Vital statistics of India. Vol. IV, Annual returns from 1871 to 1876. British Army of India, Native Army and jails of Bengal
Year: 1871
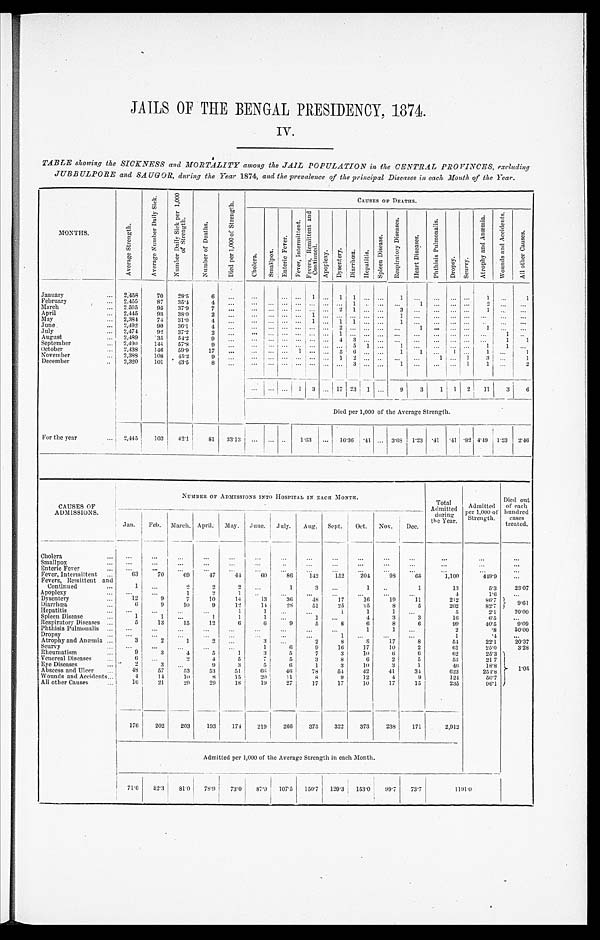
JAILS OF THE BENGAL PRESIDENCY, 1874.
IV.
TABLE showing the SICKNESS and MORTALITY among the JAIL POPULATION in the CENTRAL PROVINCES, excluding
JUBBULPORE and SAUGOR, during the Year 1874, and the prevalence of the principal Diseases in each Month of the Year.
MONTHS.
A v e r a g e S t r e n g t h .
A v e r a g e N u m b e r D a i l y S i c k .
N u m b e r D a i l y S i c k p e r 1 , 0 0 0
o f S t r e n g t h .
N u m b e r o f D e a t h s .
D i e d p e r 1 , 0 0 0 o f S t r e n g t h .
CAU S E S O F D E A T H S .
C h o l e r a . S m a l l p o x .
E n t e r i c F e v e r .
F e v e r , I n t e r m i t t e n t .
F e v e r s , R e m i t t e n t a n d
C o n t i n u e d .
A p o p l e x y . D y s e n t e r y . D i a r r h œ a . H e p a t i t i s .
S p l e e n D i s e a s e .
R e s p i r a t o r y D i s e a s e s .
H e a r t D i s e a s e s .
P h t h i s i s P u l m o n a l i s .
D r o p s y .
S c u r v y . A t r o p h y a n d A n æ m i a .
W o u n d s a n d A c c i d e n t s .
A l l o t h e r C a u s e s .
January
2,458 70 28.5
6
1
1 1
1
1
1
February
2,455 87 35.4
4
1
1
2
March
2,505 95 37.9
7
2 1
3
1
April
2,445 93 38.0
2
1
1
May
2,384 74 31.0
4
1
1 1
1
June
2,492 90 36.1
4
2
1
1
July
2,474 92 37.2
2
1
1
August
2,489 35 54.2
9
4 3
1 1
September
2,490 144 57.8
9
5 1
1
1 1
October
2,438 146 59.9 17
1
5 6
1 1
1
1
1
November
2,388 108 45.2
9
1 2
1
1 3
1
December
2,320 101 43.5 8
3
1
1 1
2
1 3
17 2 3 1
9 3 1
1 2 11 3 6
Died per 1,000 of the Average Strength.
For the year
2,445 103 42.1 81 33.13
1. 63
1 6 . 3 6 . 4 1
3.68 1.23 . 41 .41 .82 4. 49 1. 23 2.46
CAUSES OF
ADMISSIONS.
NUMBER OF ADMISSIONS INTO HOSPITAL IN EACH MONTH.
Total
Admitted during the Year.
Admitted per 1, 000 of
Strength.
Died out
of each
hundred cases
treated.
Jan. Feb. March. April. May. June. July. Aug. Sept. Oct. Nov. Dec.
Chol era
Smallpox Enteric Fever
Fever, Intermittent
63 70 69 47 44 60 86 142 152 204 98 65
1,100
449.9
Fevers, Remittent and
Continued
1
2
2
2
1
3
1
1
13
5. 3 23.07
Apoplexy
1
2
1
4
1. 6
Dysentery
12
9
7 10 14
13 36 48 17 16 19 11
212
86. 7
9.61
Diarrhœa
6
9 10
9 12 14 28
5 1 25 25
8
5
202
82. 7
Hepatitis
1
1
1
1
1
5
2. 1 20.00
Spl een Di sease
1
1
1
1
1
1
4
3
3
16
6. 5
Respi ratory Di seases
5 13 15 12
6
6 9
5
8
6
8
6
9 9
40. 5
9 . 0 9
Phthisis Pulmonalis
1
1
2
. 8
50.00
Dropsy
1
1
. 4
Atrophy and Anæmia
3
2
1
2
3
2
8
8 17
8 5 4
2 2 . 1
2 0 . 3 7
Scurvy
1
6
9 16 17 10 2
6 1
2 5 . 0
3. 28
Rheumatism
9
3
4
5
1
3
5
7
3 10
6
6
62
25.3 1 . 0 5
Venereal Diseases
6
2 4
5
7
5
3
8
6
2
5
53
21. 7
Eye Diseases
2
3
9
3
5
6
1
3 10
3
1
46
18. 8
Abscess and Ulcer
48 57 53 53 51
6 6 46 78 54 42
4 1 34
623
2 5 4 . 8
Wounds and Accidents
4
14
1 0
8 15 20 11
8
9 12
4
9 1 2 4
5 0 . 7
All other Causes
16 21 29 29 18 19 27 17 17 10 17
1 5
2 3 5
9 6 . 1
176 202 203 193 174 219 266 375 322 373 238 171
2,912
Admitted per 1,000 of the Average Strength in each Month.
71.6 82.3 81.0
7 8 . 9 73.0 87.9 107.5 150.7 129.3 1 5 3 . 0
9 9 . 7
7 3 . 7
1 1 9 1 . 0